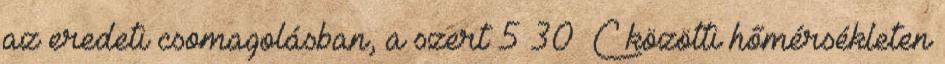
az eredeti csomagolásban, a szert 5–30 °C közötti hőmérsékleten